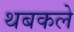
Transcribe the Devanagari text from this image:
थबकले